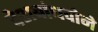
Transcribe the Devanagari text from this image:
देशबांधवोने